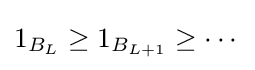
1_{B_{L}}\geq 1_{B_{L+1}}\geq \cdots